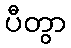
ပီတွာ